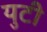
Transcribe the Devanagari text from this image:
युटी